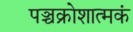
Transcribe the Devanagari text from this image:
पञ्चक्रोशात्मकं